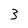
Character: 3